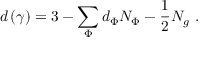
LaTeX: d \left( \gamma \right) = 3 - \sum _ { \Phi } d _ { \Phi } N _ { \Phi } - \frac 1 2 N _ { g } \, \, .